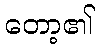
တော့၏